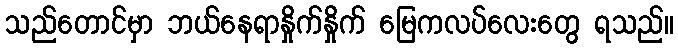
သည်တောင်မှာ ဘယ်နေရာနှိုက်နှိုက် မြေကလပ်လေးတွေ ရသည်။